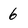
Character: 6